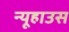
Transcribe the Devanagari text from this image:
न्यूहाउस